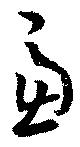
慮